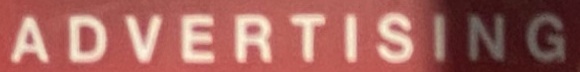
ADVERTISING